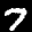
Label: 7